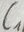
Text: C1